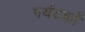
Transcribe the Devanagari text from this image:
पर्यटकौं